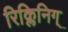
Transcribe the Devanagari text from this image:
रिक्लिनिग्